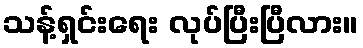
သန့်ရှင်းရေး လုပ်ပြီးပြီလား။